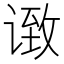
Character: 𫍶